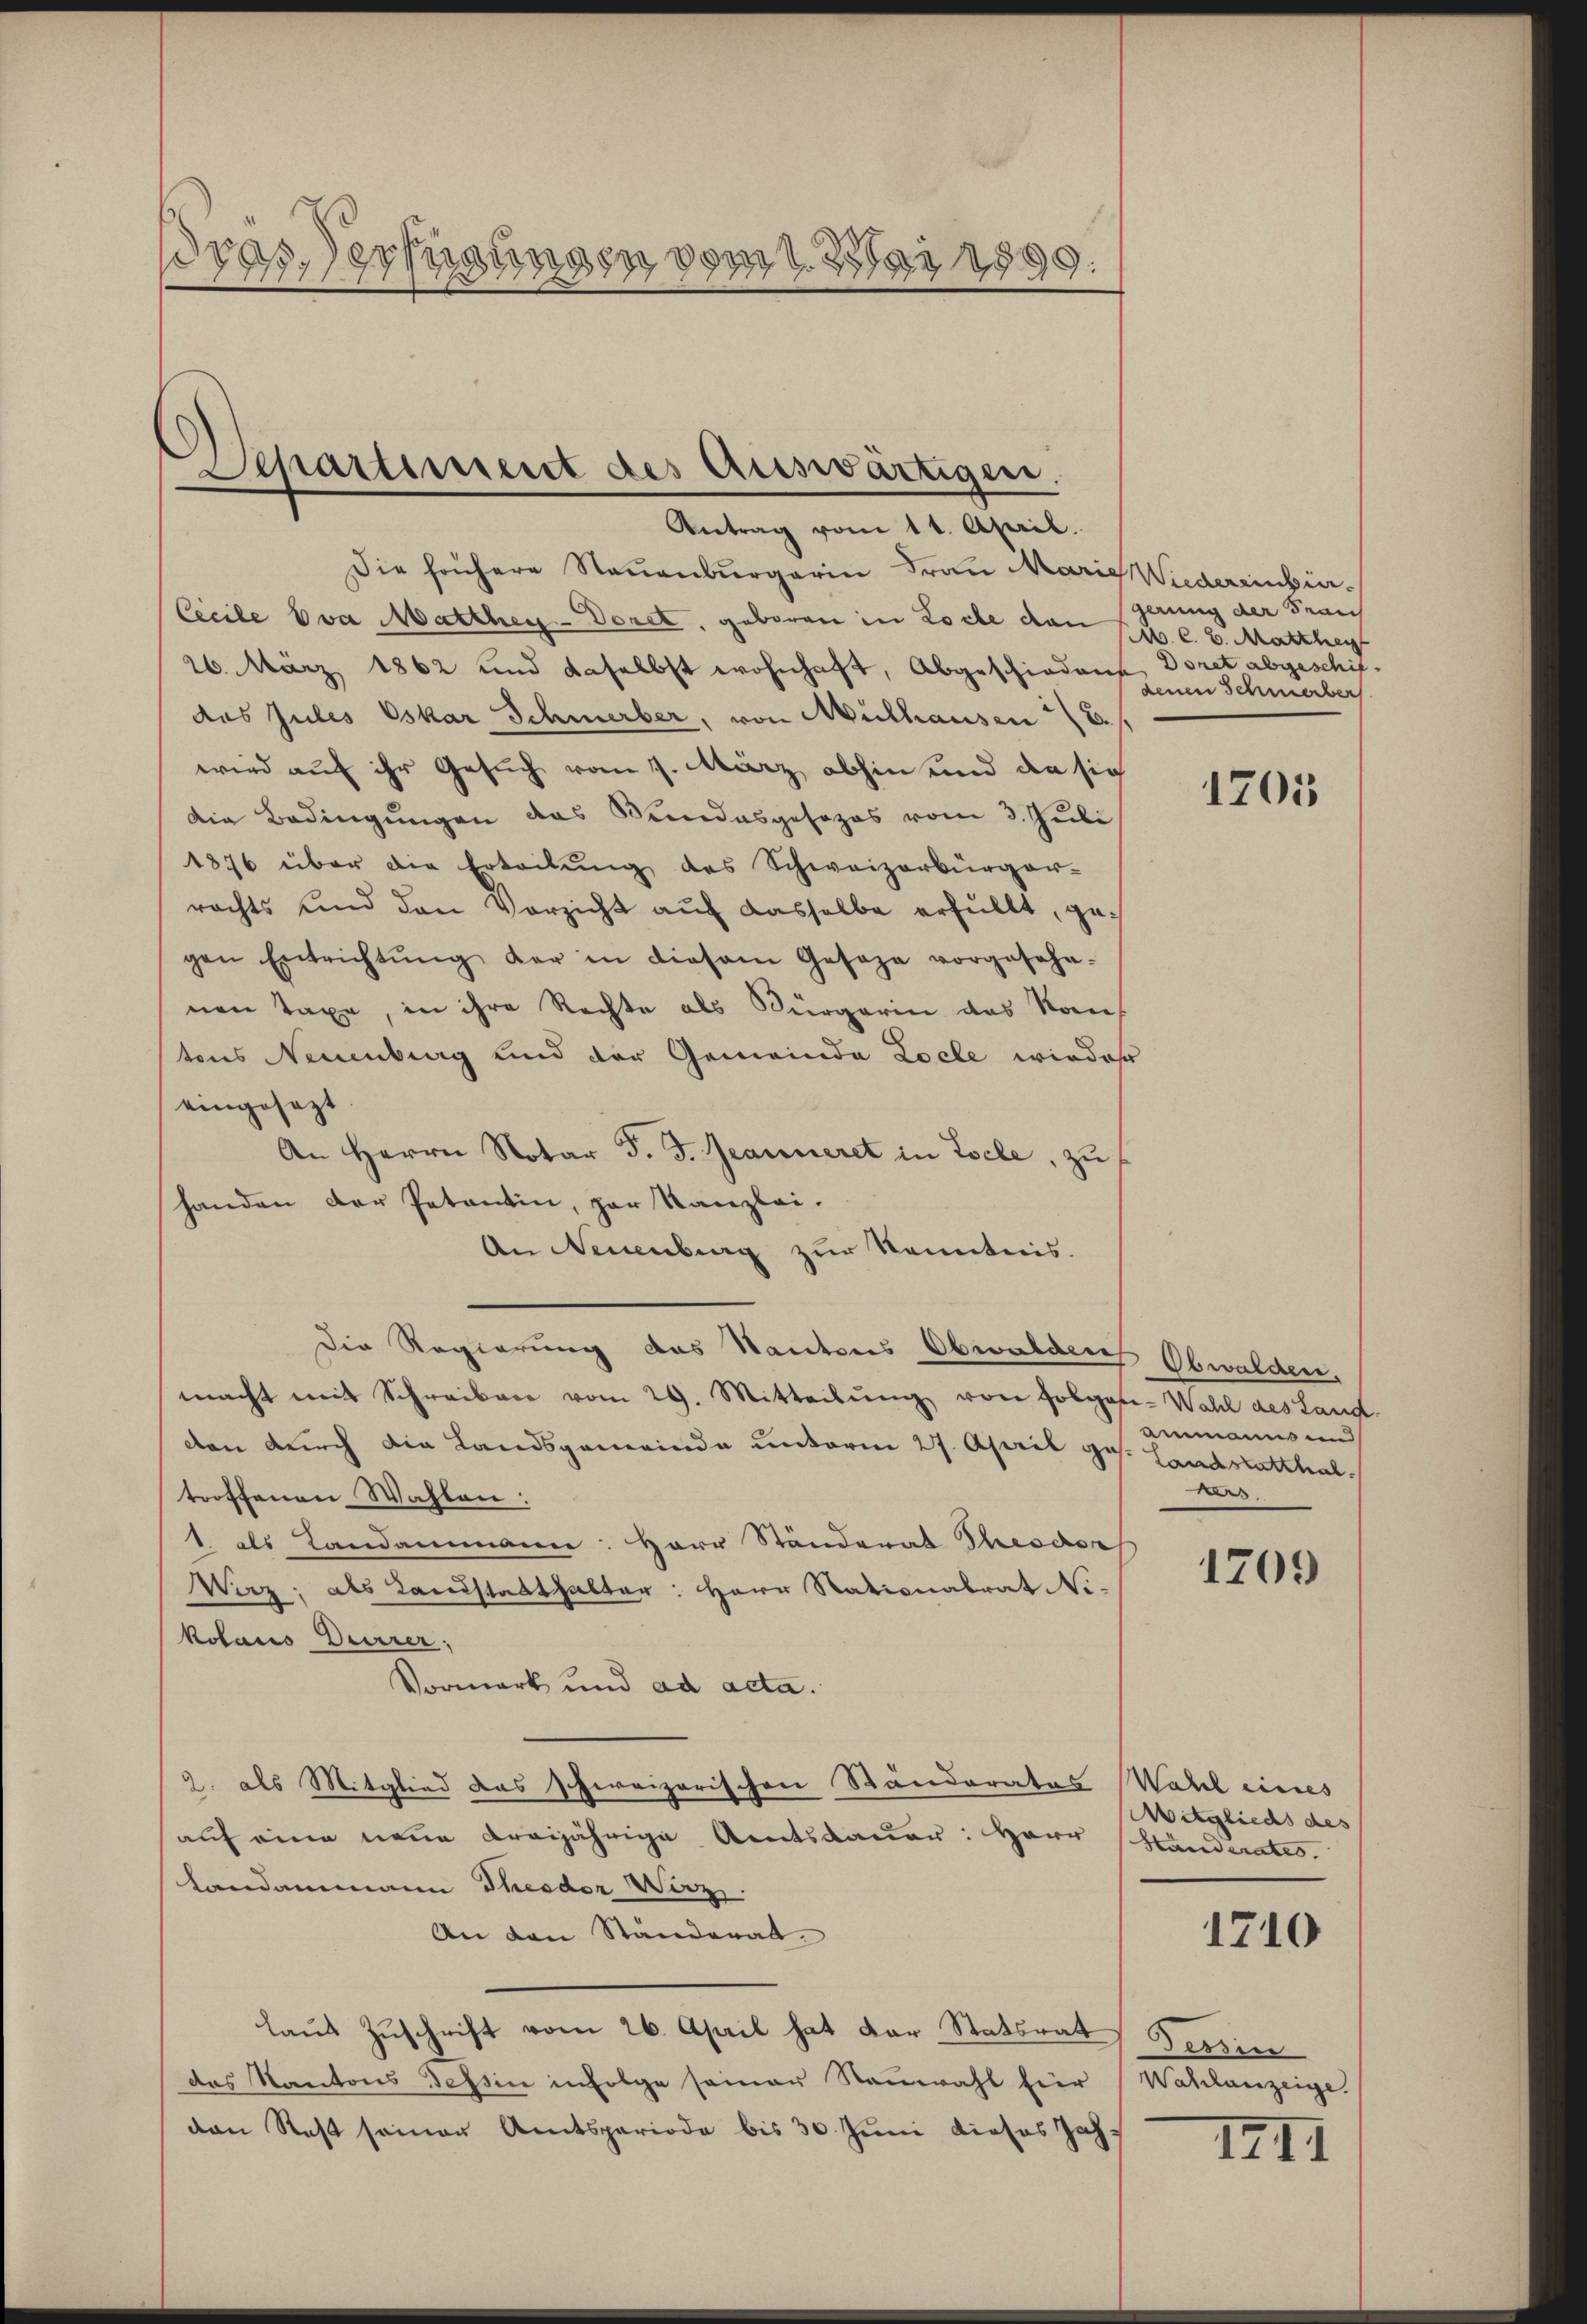
ras, Schnungen vom 1. Mai 1899.

Separtiment des Auswärtigen.

Antrag vom 11. April.
Die frühere Neuenburgerin Frau Marie Wiedereinbür¬
Cecile Eva Marthey-Doret, geboren in Loche den St. l. 2. Matthei
26. März 1862 und daselbst wohnhaft, Abgeschiedene Doret abgeschifdas Jules Oskar Schmerber, von Mülhausen E
wird auf ihr Gesuch vom 1. März abhin und da sich
Die Bedingungen das Bundesgesezes vom 3. Juli
1876 über die Erteilung des Schweizerbürger-
rechts und den Vorsicht auf dasselbe erfüllt, gegen Entrichtŭng der in diesem Gesage vorgesehe-
nen Taxe, in ihre Rechte als Bürgerin des Kauf
tens Neuenburg sind der Gemeinde Locle wieder
eingesezt
An Herrn Notar J. J. Jeanneret in Esele, zu
handen der Petentin, par Kanzlei.
An Neuenburg zur Kenntnis.
Die Regierung das Kantons Obwalden Obwalden,
macht mit Schreiben vom 29. Mitteilŭng von Folgase-Wahl des Land-
den durch die Landsgemeinde unterm 27. April ges. Landstatthal
troffenen Wahlen:
1 als Landammann: Herr Ständerat Theodor
Wirz, als Landstatthalter: Herr Rationalrat Ni-
kolaus Deirrer,
Vormark und ad acta.
2. als Mitglied das schereizerischen Ständerates Wahl eines
auf eine neue dreijährige Amtsdauer: Herr Handerates.
Landammann Theodor Wirz,
An den Ständerat
laus Zuschrift vom 26. April hat der Statsrat
das Kantons Tessin infolge seiner Stauwahl für Wahlanzeige.
ven Rest seiner Amtsperiode bis 30. Juni dieses Jah¬

gerung der Frauch
denen Schmerber

1205

Ammanns und
s.

1709

Mitglieds des
1710

Jenin

IIII